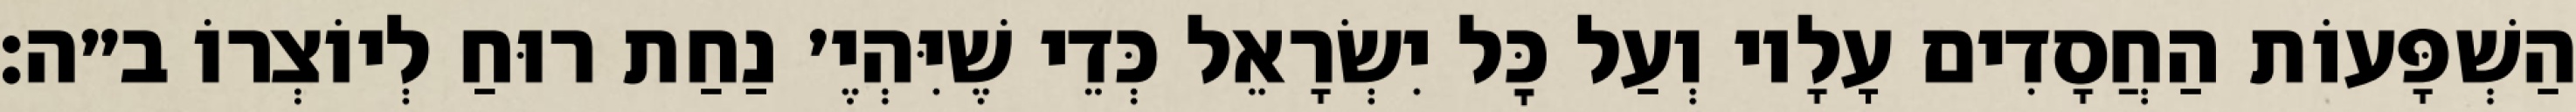
הַשְׁפָּעוֹת הַחֲסָדִים עָלָיו וְעַל כׇּל יִשְׂרָאֵל כְּדֵי שֶׁיִּהְיֶ׳ נַחַת רוּחַ לְיוֹצְרוֹ ב״ה: